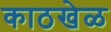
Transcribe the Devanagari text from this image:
काठखेळ